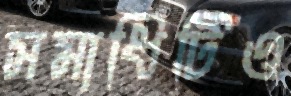
সমাধিটিও